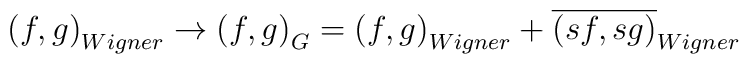
\left( f,g\right) _{Wigner}\rightarrow \left( f,g\right) _{G}=\left(f,g\right) _{Wigner}+\overline{\left( sf,sg\right) }_{Wigner}